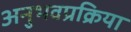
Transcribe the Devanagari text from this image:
अनुभवप्रक्रिया